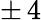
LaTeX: \pm\, 4